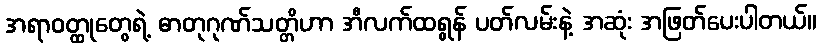
အရာဝတ္ထုတွေရဲ့ ဓာတုဂုဏ်သတ္တိဟာ အီလက်ထရွန် ပတ်လမ်းနဲ့ အဆုံး အဖြတ်ပေးပါတယ်။